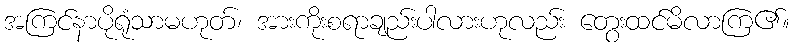
အကြင်နာပိုရုံသာမဟုတ်၊ အားကိုးစရာချည်းပါလားဟုလည်း တွေးထင်မိလာကြ၏။